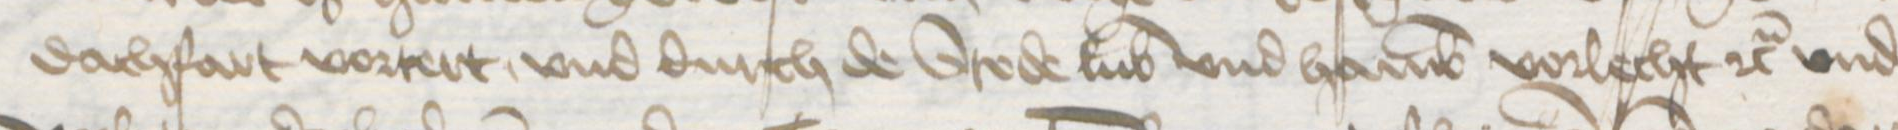
Transcription: dachfart vortert, vnd durch de Stede Lubek vnd Hamburg vorlecht etc. vnd